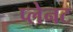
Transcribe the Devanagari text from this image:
प्लेनट